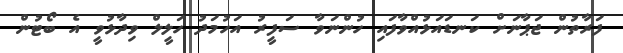
ފަރާތުން ޖަޕާނަށް ކަނޑައަޅުއްވާފައި ހުންނަވާ ސަފީރު އަހުމަދު ހަލީލް ވިދާޅުވީ އެ ބޯޓުން